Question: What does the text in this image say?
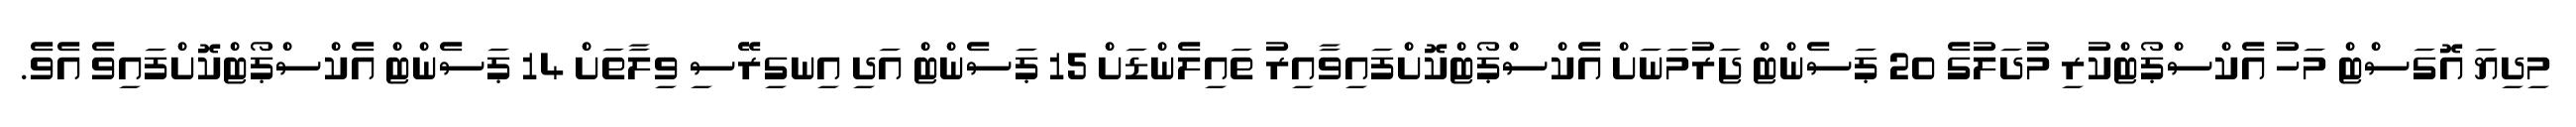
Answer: މިދިޔަ އޮގަސްޓް މަހު އެކްސްޕޯޓްކުރި މުދަލުގެ 20 ޕަސެންޓް ޖަރުމަނަށް އެކްސްޕޯޓްކޮށްފައިވާއިރު ތައިލެންޑަށް 15 ޕަސެންޓް އަދި އިނގިރޭސި ވިލާތަށް 14 ޕަސެންޓް އެކްސްޕޯޓްކޮށްފައިވެ އެވެ.